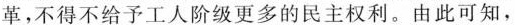
革，不得不给予工人阶级更多的民主权利。由此可知，